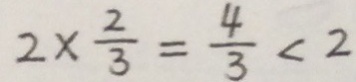
2 \times \frac { 2 } { 3 } = \frac { 4 } { 3 } < 2